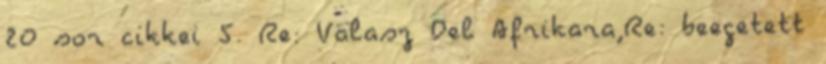
20 sor cikkei 5. Re: Valasz Del Afrikara,Re: beegetett